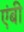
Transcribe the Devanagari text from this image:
एंबी